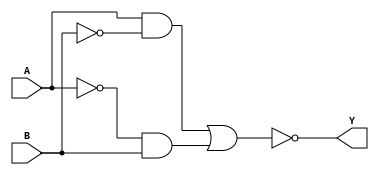
module xor_gate (
    input A,
    input B,
    output Y
);

wire w1, w2, w3;

and gate1 (w1, A, ~B);
and gate2 (w2, ~A, B);
or gate3 (w3, w1, w2);
nand gate4 (Y, w3, w3);

endmodule